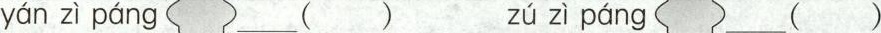
yán zì páng___() zú zì páng___()